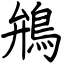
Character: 鴘